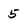
Character: 5